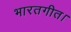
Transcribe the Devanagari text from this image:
भारतगीत।